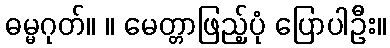
ဓမ္မဂုတ်။ ။ မေတ္တာဖြည့်ပုံ ပြောပါဦး။